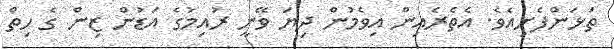
ތަޅަންފެށިއެވެ. އެތެރެއިން އިވެމުން ދިޔަ ވޭނީ ރުއިމުގެ އަޑުން ޒިން ގެ ހިތް